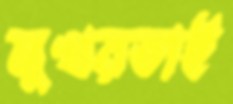
মুখরতাই